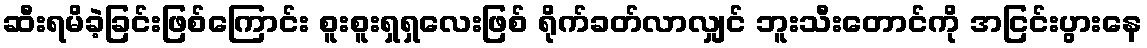
ဆီးရမိခဲ့ခြင်းဖြစ်ကြောင်း စူးစူးရှရှလေးဖြစ် ရိုက်ခတ်လာလျှင် ဘူးသီးတောင်ကို အငြင်းပွားနေ